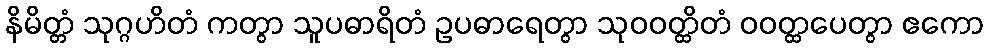
နိမိတ္တံ သုဂ္ဂဟိတံ ကတွာ သူပဓာရိတံ ဥပဓာရေတွာ သုဝဝတ္ထိတံ ဝဝတ္ထပေတွာ ဧကော